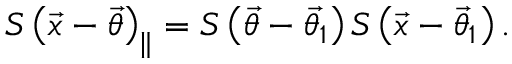
S \left( \vec { x } - \vec { \theta } \right) _ { \parallel } = S \left( \vec { \theta } - \vec { \theta _ { 1 } } \right) S \left( \vec { x } - \vec { \theta } _ { 1 } \right) .